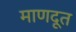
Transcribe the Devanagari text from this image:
माणदूत